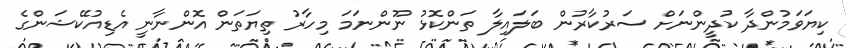
ކިޔަވަމުންދާ ކުދީންނަށް ސަރުކާރުން ބަލައިލާ ތަންކޮޅު ނޫންނަމަ މިހާރު ތިޔަތަން އޮންނާނީ އެޑިއުކޭޝަންގެ